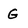
Character: G